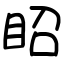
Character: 眧